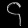
Digit: ၄